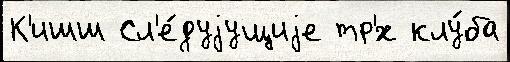
К'ишш Сл'е́дуjущиjе тр'́х клу́ба